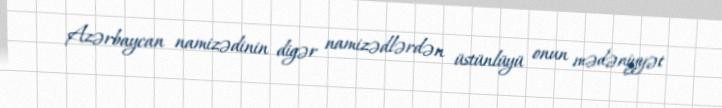
Azərbaycan namizədinin digər namizədlərdən üstünlüyü onun mədəniyyət